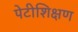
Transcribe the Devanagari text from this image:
पेटीशिक्षण